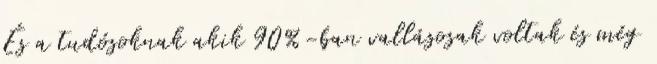
És a tudósoknak akik 90%-ban vallásosak voltak és még